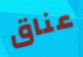
عناق